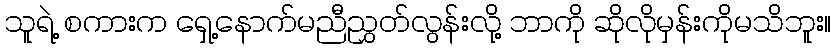
သူရဲ့ စကားက ရှေ့နောက်မညီညွှတ်လွန်းလို့ ဘာကို ဆိုလိုမှန်းကိုမသိဘူး။